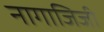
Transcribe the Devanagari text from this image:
नागाजिजी